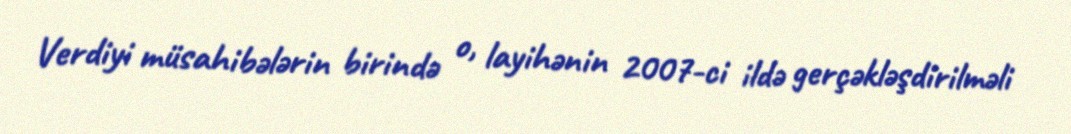
Verdiyi müsahibələrin birində o, layihənin 2007-ci ildə gerçəkləşdirilməli